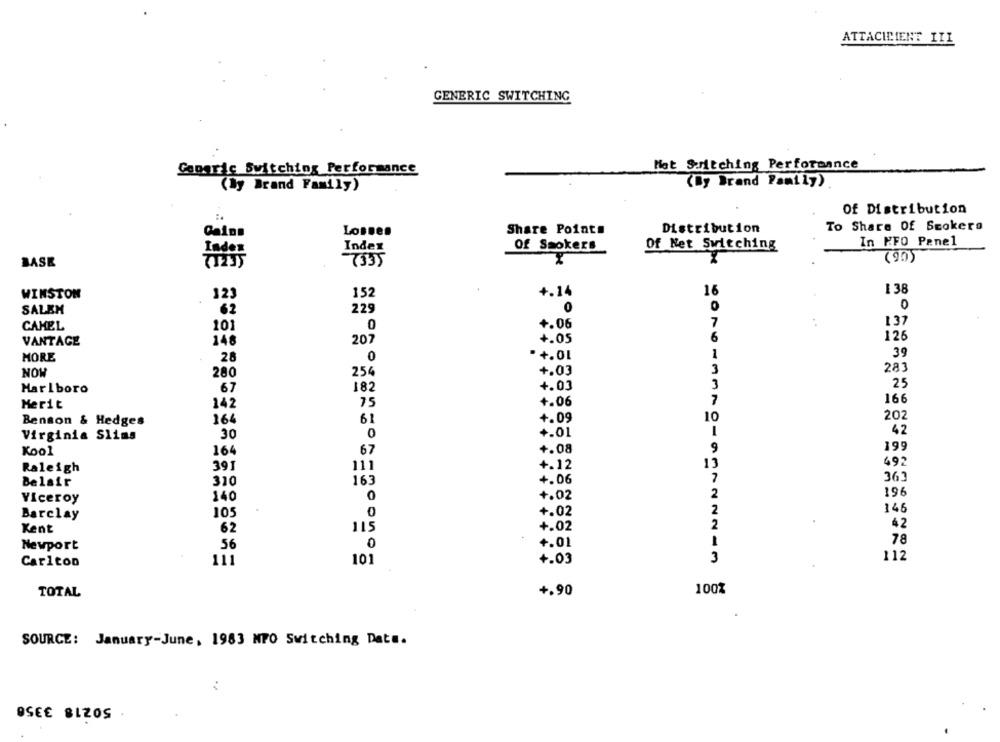
ATTACIMIENT III
GENERIC SWITCHING
Goporic Switching Performance
Met Suritching Performance
(By Brand Family)
(By Brand Family)
Of Distribution
Share Points
Distribution
To Share Of Smokers
Gains
LosDes
In KFO Penel
Index
Index
Of Smokers
Of Net Switching
(90)
BASK
(123)
7535
1 38
WINSTON
123
152
+.14
16
0
0
SALEM
62
229
CAMEL
101
+.06
7
137
0
VANTAGE
148
207
+.05
6
126
MORE
-+.01
1
39
28
0
+.03
3
283
NOW
280
254
3
25
Marlboro
67
182
4.03
7
166
Merit
142
75
+.06
202
Benson & Hedges
164
61
+.09
10
1
42
Virginia Slims
30
0
+.01
Kool
164
67
+.08
9
199
391
111
+.12
13
492
Raleigh
Belair
310
163
+.06
363
140
0
+.02
2
196
Viceroy
105
+.02
2
146
Barclay
0
2
42
Kent
62
115
+.02
78
Newport
56
0
+.01
112
Carlton
111
101
+.03
3
TOTAL
+.90
100%
SOURCE: January-June, 1983 MPO Switching Date.
:
DSEE BLZOS.